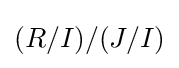
(R/I)/(J/I)